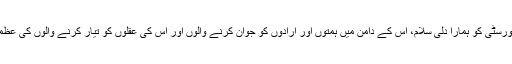
روز بروز ترقی کرتی ہوئی اس یونیورسٹی کو ہمارا دلی سلام، اس کے دامن میں ہمتوں اور ارادوں کو جوان کرنے والوں اور اس کی عقلوں کو تیار کرنے والوں کی عظمت کو بھی ہماری طرف سے سلام ۔